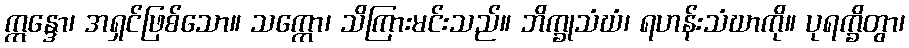
ဣန္ဒော၊ အရှင်ဖြစ်သော။ သက္ကော၊ သိကြားမင်းသည်။ ဘိက္ခုသံဃံ၊ ရဟန်းသံဃာကို။ ပုရက္ခိတွာ၊